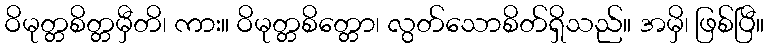
ဝိမုတ္တစိတ္တမှီတိ၊ ကား။ ဝိမုတ္တစိတ္တော၊ လွတ်သောစိတ်ရှိသည်။ အမှိ၊ ဖြစ်ပြီ။